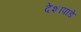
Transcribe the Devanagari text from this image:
देशापांडे